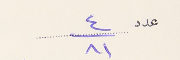
عدد ٤/ ٨١